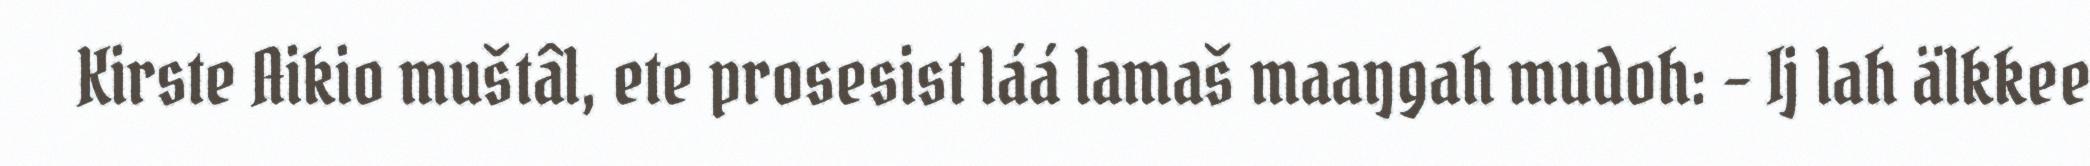
Kirste Aikio muštâl, ete prosesist láá lamaš maaŋgah mudoh: – Ij lah älkkee